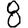
Digit: 8